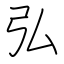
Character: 弘